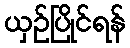
ယှဉ်ပြိုင်ရန်